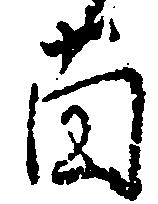
薗